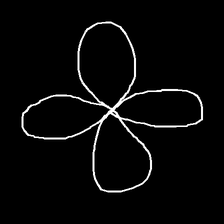
Glyph: billowing